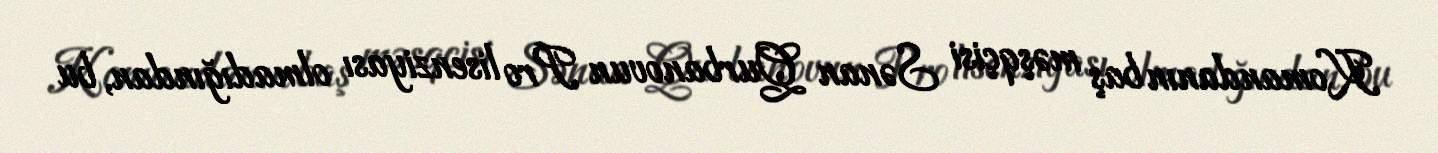
Komandanın baş məşqçisi Sənan Qurbanovun Pro lisenziyası olmadığından, bu